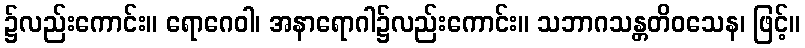
၌လည်းကောင်း။ ရောဂေဝါ၊ အနာရောဂါ၌လည်းကောင်း။ သဘာဂသန္တတိဝသေန၊ ဖြင့်။